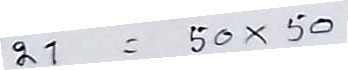
21 = 50 x 50